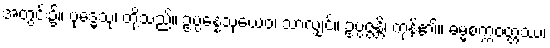
အတွင်း၌။ ဗုဒ္ဓေသု၊ တို့သည်။ ဥပ္ပန္နေသုယေဝ၊ သာလျှင်။ ဥပ္ပဇ္ဇန္တိ၊ ကုန်၏။ ဓမ္မစက္ကဝတ္တဿ၊